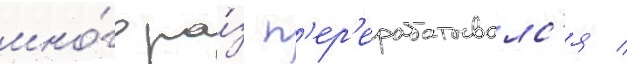
мно́го ра́з п'ер'ерабатывалс'я /